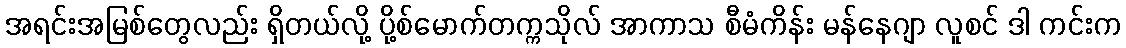
အရင်းအမြစ်တွေလည်း ရှိတယ်လို့ ပို့စ်မောက်တက္ကသိုလ် အာကာသ စီမံကိန်း မန်နေဂျာ လူစင် ဒါ ကင်းက